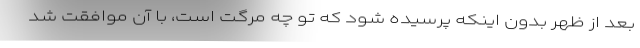
بعد از ظهر بدون اینکه پرسیده شود که تو چه مرگت است، با آن موافقت شد